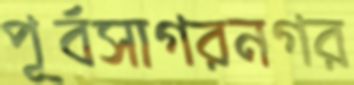
পূর্বসাগরনগর